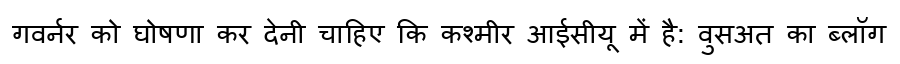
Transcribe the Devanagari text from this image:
गवर्नर को घोषणा कर देनी चाहिए कि कश्मीर आईसीयू में है: वुसअत का ब्लॉग